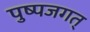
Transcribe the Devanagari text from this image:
पुष्पजगत्